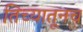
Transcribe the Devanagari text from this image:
तिच्यातूनच